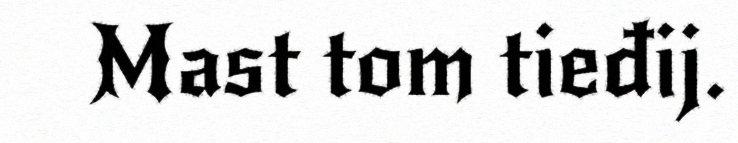
Mast tom tieđij.